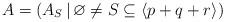
LaTeX: \begin{gather*}A = (A_S \, | \, \varnothing \ne S\subseteq \langle p+q+r \rangle )\end{gather*}